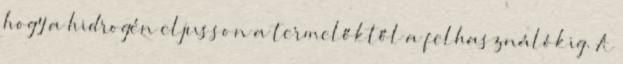
hogy a hidrogén eljusson a termelőktől a felhasználókig. A